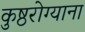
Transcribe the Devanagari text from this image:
कुष्ठरोग्याना